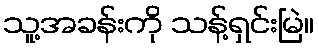
သူ့အခန်းကို သန့်ရှင်းမြဲ။